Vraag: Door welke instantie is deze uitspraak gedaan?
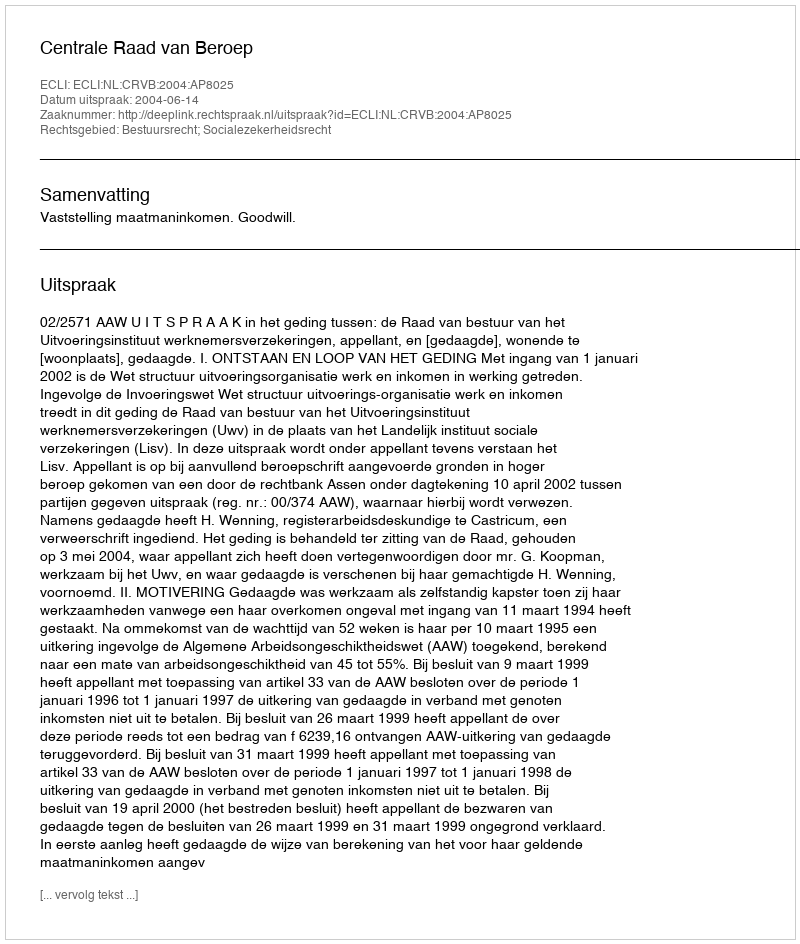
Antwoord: Centrale Raad van Beroep